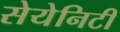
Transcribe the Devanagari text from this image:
सेयेनिटी